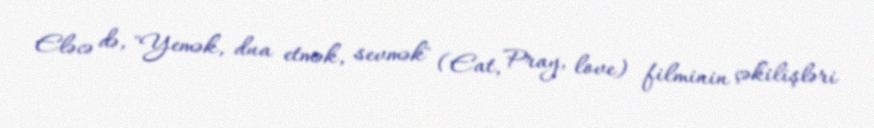
Eləcə də, "Yemək, dua etmək, sevmək" (Eat, Pray, love) filminin çəkilişləri